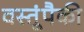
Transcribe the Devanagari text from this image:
वस्तूंपैकी